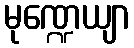
မုဏ္ဍေယျာ